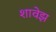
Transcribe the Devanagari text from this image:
शावेझ